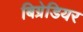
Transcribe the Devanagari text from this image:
बिग्रेडियर